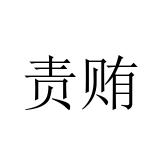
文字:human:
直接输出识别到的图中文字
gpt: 责贿